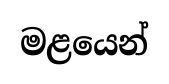
මළයෙන්